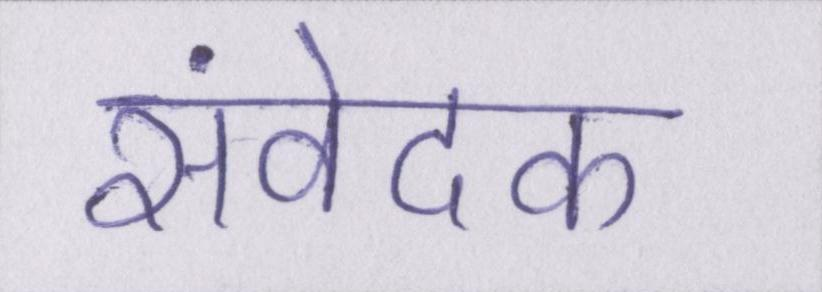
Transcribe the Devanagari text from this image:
संवेदक